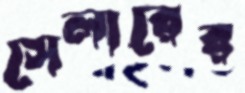
সেলারের